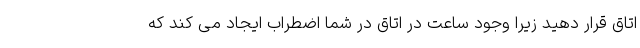
اتاق قرار دهید زیرا وجود ساعت در اتاق در شما اضطراب ایجاد می کند که